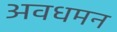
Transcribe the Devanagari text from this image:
अवधमन